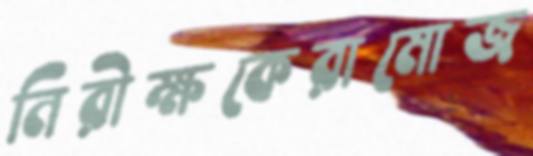
নিরীক্ষকেরামোজ